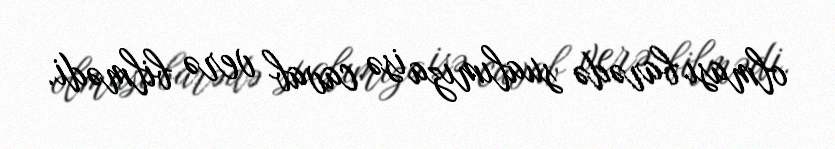
olması barədə sualımıza isə cavab verə bilmədi.